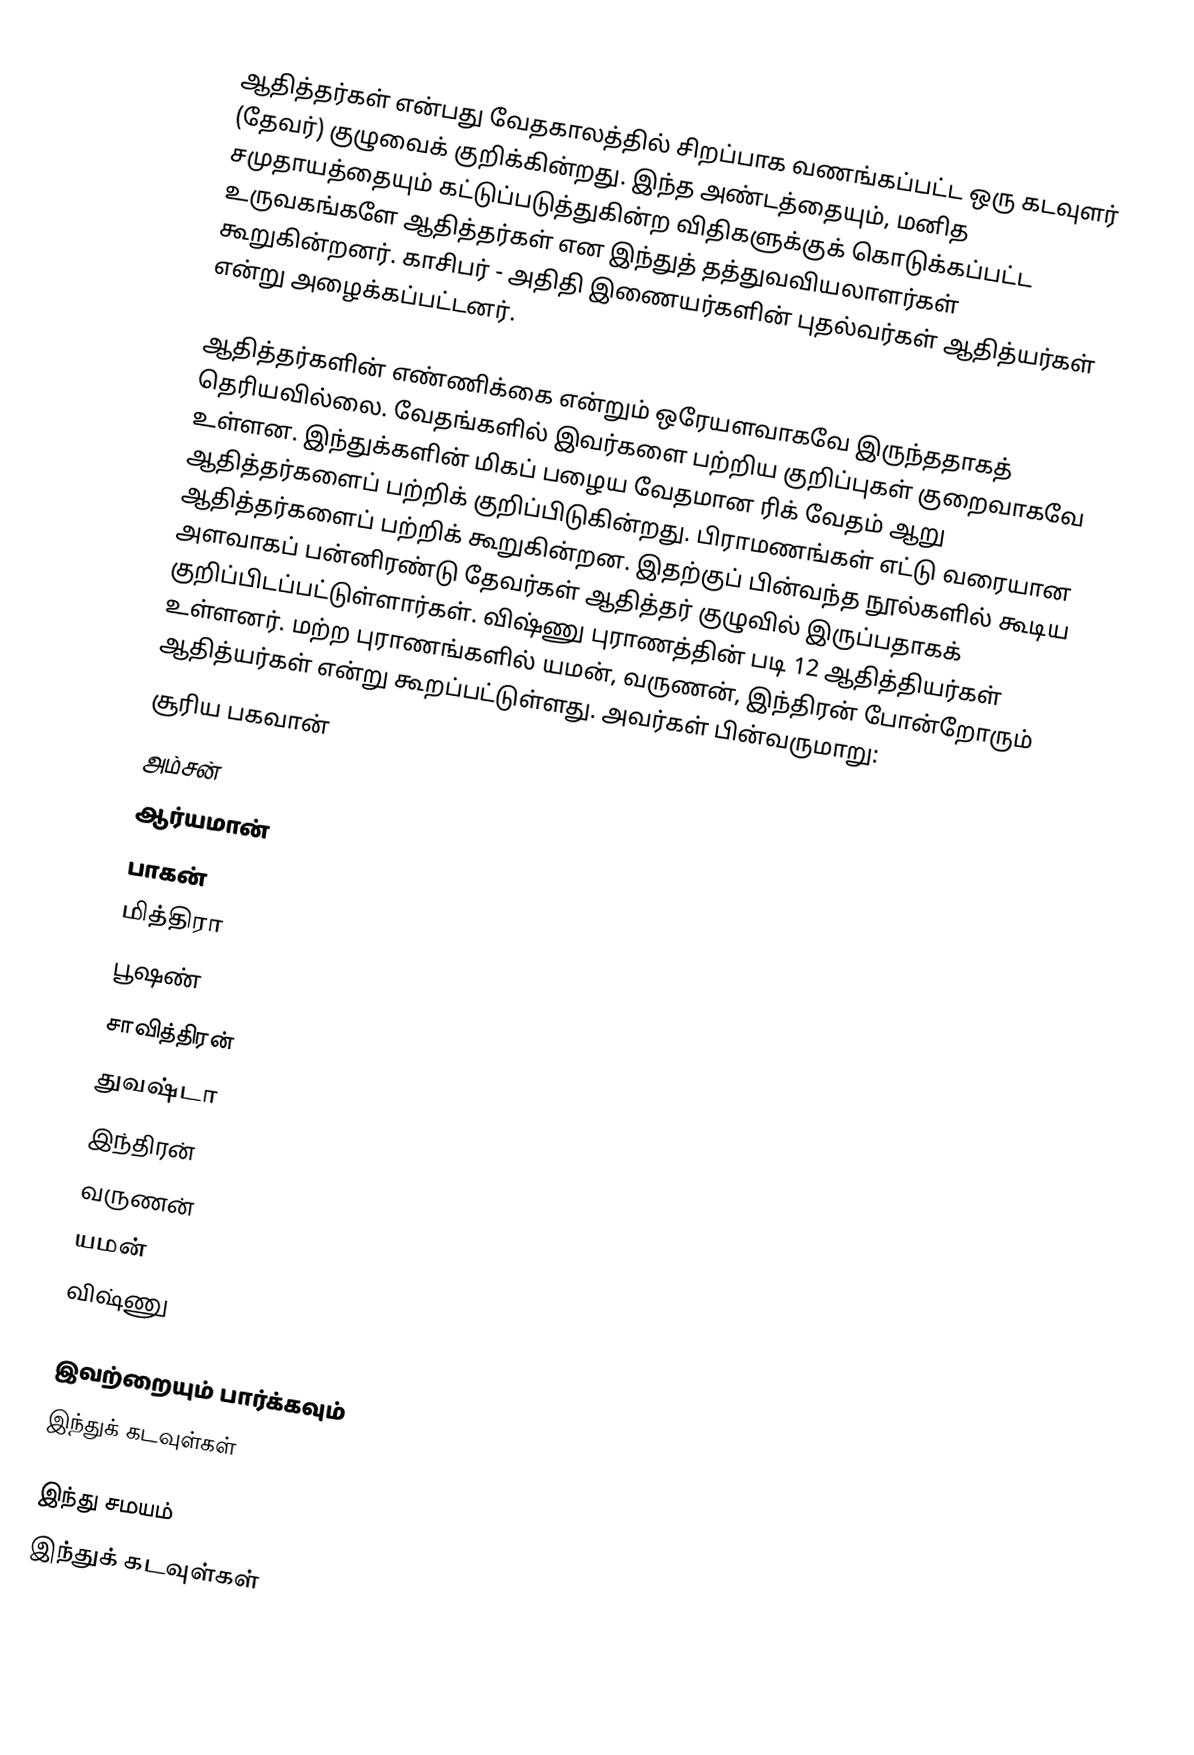
ஆதித்தர்கள் என்பது வேதகாலத்தில் சிறப்பாக வணங்கப்பட்ட ஒரு கடவுளர் (தேவர்) குழுவைக் குறிக்கின்றது. இந்த அண்டத்தையும், மனித சமுதாயத்தையும் கட்டுப்படுத்துகின்ற விதிகளுக்குக் கொடுக்கப்பட்ட உருவகங்களே ஆதித்தர்கள் என இந்துத் தத்துவவியலாளர்கள் கூறுகின்றனர். காசிபர் - அதிதி இணையர்களின் புதல்வர்கள் ஆதித்யர்கள் என்று அழைக்கப்பட்டனர்.

ஆதித்தர்களின் எண்ணிக்கை என்றும் ஒரேயளவாகவே இருந்ததாகத் தெரியவில்லை. வேதங்களில் இவர்களை பற்றிய குறிப்புகள் குறைவாகவே உள்ளன. இந்துக்களின் மிகப் பழைய வேதமான ரிக் வேதம் ஆறு ஆதித்தர்களைப் பற்றிக் குறிப்பிடுகின்றது. பிராமணங்கள் எட்டு வரையான ஆதித்தர்களைப் பற்றிக் கூறுகின்றன. இதற்குப் பின்வந்த நூல்களில் கூடிய அளவாகப் பன்னிரண்டு தேவர்கள் ஆதித்தர் குழுவில் இருப்பதாகக் குறிப்பிடப்பட்டுள்ளார்கள்.  விஷ்ணு புராணத்தின் படி 12 ஆதித்தியர்கள் உள்ளனர். மற்ற புராணங்களில் யமன், வருணன், இந்திரன் போன்றோரும் ஆதித்யர்கள் என்று கூறப்பட்டுள்ளது. அவர்கள்  பின்வருமாறு:
 சூரிய பகவான்
  அம்சன்
  ஆர்யமான்
 பாகன்
 மித்திரா
  பூஷண்
  சாவித்திரன்
  துவஷ்டா
 இந்திரன்
  வருணன்
 யமன்
 விஷ்ணு

இவற்றையும் பார்க்கவும்
 இந்துக் கடவுள்கள்

இந்து சமயம்
இந்துக் கடவுள்கள்